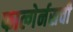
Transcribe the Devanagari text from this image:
फाल्गेर्नसची